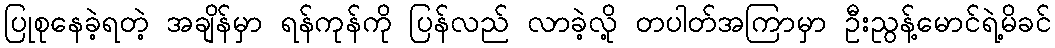
ပြုစုနေခဲ့ရတဲ့ အချိန်မှာ ရန်ကုန်ကို ပြန်လည် လာခဲ့လို့ တပါတ်အကြာမှာ ဦးညွန့်မောင်ရဲ့မိခင်